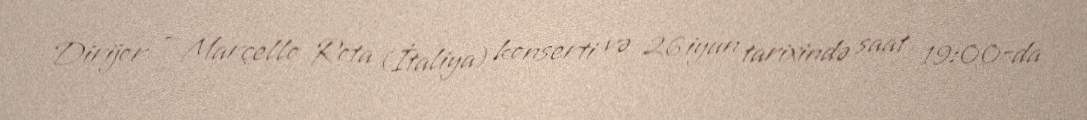
Dirijor - Marçello Rota (İtaliya) konserti və 26 iyun tarixində saat 19:00-da